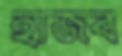
হাজব